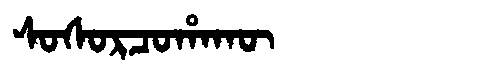
Manchu: ᠰᠣᠰᠣᡵᠴᠣᡥᠠᡴᡡ
Romanization: SOSORCOHAKŪ